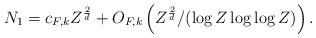
LaTeX: \begin{align*} N_1 = c_{F,k} Z^{\frac{2}{d}} + O_{F,k} \left(Z^{\frac{2}{d}} / (\log Z \log \log Z) \right). \end{align*}